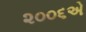
૨૦૦૬એ